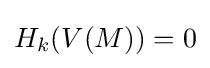
H_{k}(V(M))=0